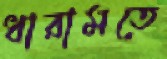
ধারামতে